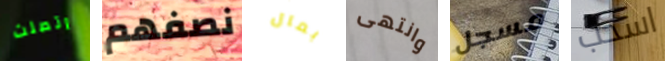
اتصلت نصفهم بمال وانتهى مسجل اسحب